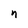
Character: n